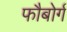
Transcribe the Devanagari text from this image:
फौबोर्ग